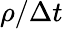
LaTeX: \rho/\Delta t